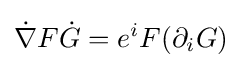
{\dot {\nabla }}F{\dot {G}}=e^{i}F(\partial _{i}G)